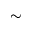
\sim